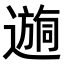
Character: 𫑉